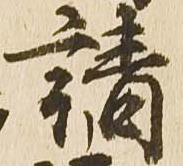
請